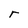
Character: r